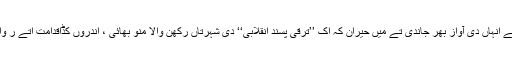
ایہہ کہندے ہوئے انہاں دی آواز بھر جاندی تے میں حیران کہ اک ’’ترقی پسند انقلابی‘‘ دی شہرتاں رکھن والا منو بھائی ، اندروں کڈاقدامت اتے ر وایت پرست ہے۔